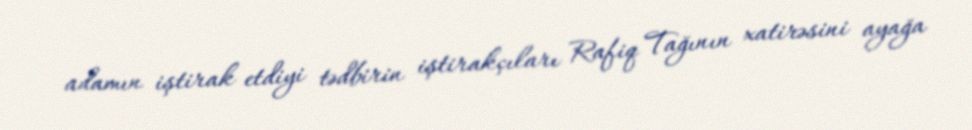
adamın iştirak etdiyi tədbirin iştirakçıları Rafiq Tağının xatirəsini ayağa